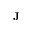
\mathbf { J }